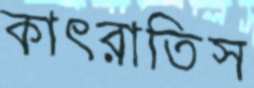
কাৎরাতিস